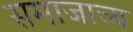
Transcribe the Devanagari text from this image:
समाजाच्य